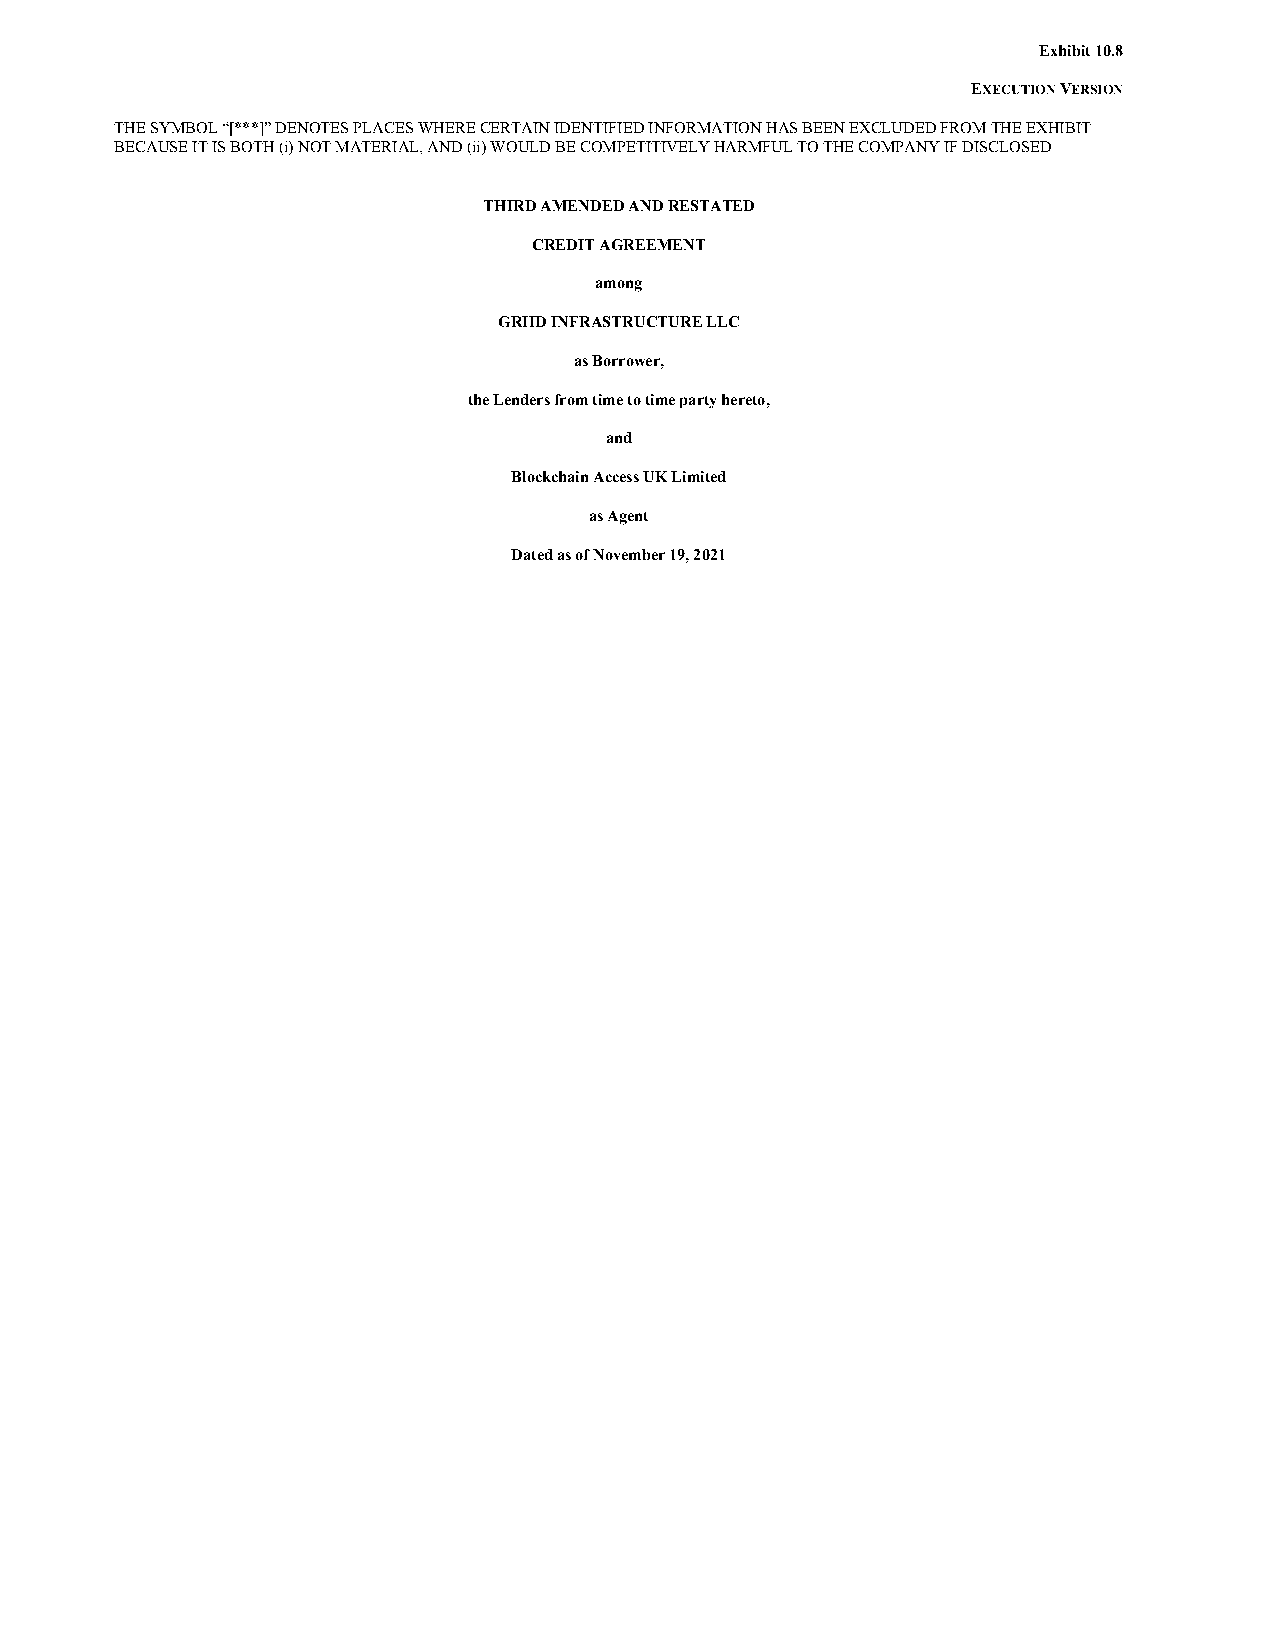
Exhibit 10.8
 EXECUTION VERSION
 THE SYMBOL “[***]” DENOTES PLACES WHERE CERTAIN IDENTIFIED INFORMATION HAS BEEN EXCLUDED FROM THE EXHIBIT
 BECAUSE IT IS BOTH (i) NOT MATERIAL, AND (ii) WOULD BE COMPETITIVELY HARMFUL TO THE COMPANY IF DISCLOSED
 THIRD AMENDED AND RESTATED
 CREDIT AGREEMENT
 among
 GRIID INFRASTRUCTURE LLC
 as Borrower,
 the Lenders from time to time party hereto,
 and
 Blockchain Access UK Limited
 as Agent
 Dated as of November 19, 2021